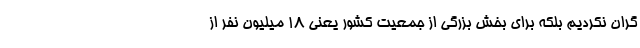
گران نکردیم بلکه برای بخش بزرگی از جمعیت کشور یعنی ۱۸ میلیون نفر از